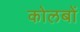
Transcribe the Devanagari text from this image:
कोलबों